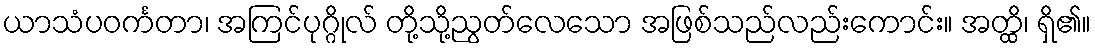
ယာသံပဝင်္ကတာ၊ အကြင်ပုဂ္ဂိုလ် တို့သို့ညွတ်လေသော အဖြစ်သည်လည်းကောင်း။ အတ္ထိ၊ ရှိ၏။